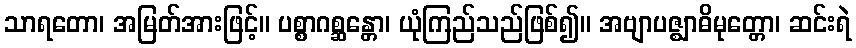
သာရတော၊ အမြတ်အားဖြင့်။ ပစ္စာဂစ္ဆန္တော၊ ယုံကြည်သည်ဖြစ်၍။ အဗျာပဇ္ဈာဓိမုတ္တော၊ ဆင်းရဲ